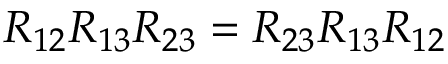
R _ { 1 2 } R _ { 1 3 } R _ { 2 3 } = R _ { 2 3 } R _ { 1 3 } R _ { 1 2 }